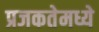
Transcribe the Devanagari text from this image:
प्रजकतेमध्ये